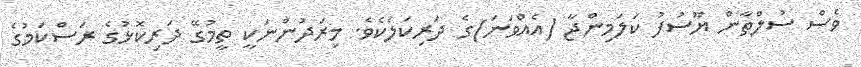
ވެސް ސުލްޠާން ޔޫސުފު ކަލަމިންޖާ (އެއްވަނަ)ގެ ދަރިކަލެކެވެ. މިރަދުންނަކީ ތީމުގޭ ދަރިކޮޅުގެ ރަސްކަމުގެ